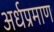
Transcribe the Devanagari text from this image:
अर्धप्रमाण